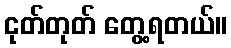
ငုတ်တုတ် တွေ့ရတယ်။